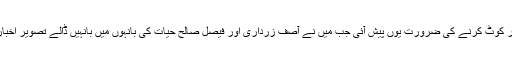
یہ جملہ مکّرر کوٹ کرنے کی ضرورت یوں پیش آئی جب میں نے آصف زرداری اور فیصل صالح حیات کی بانہوں میں بانہیں ڈالے تصویر اخبار میں دیکھی۔